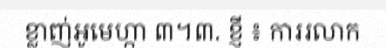
ខ្លាញ់អូមេហ្កា ៣។៣. ខ្ញី ៖ ការរលាក